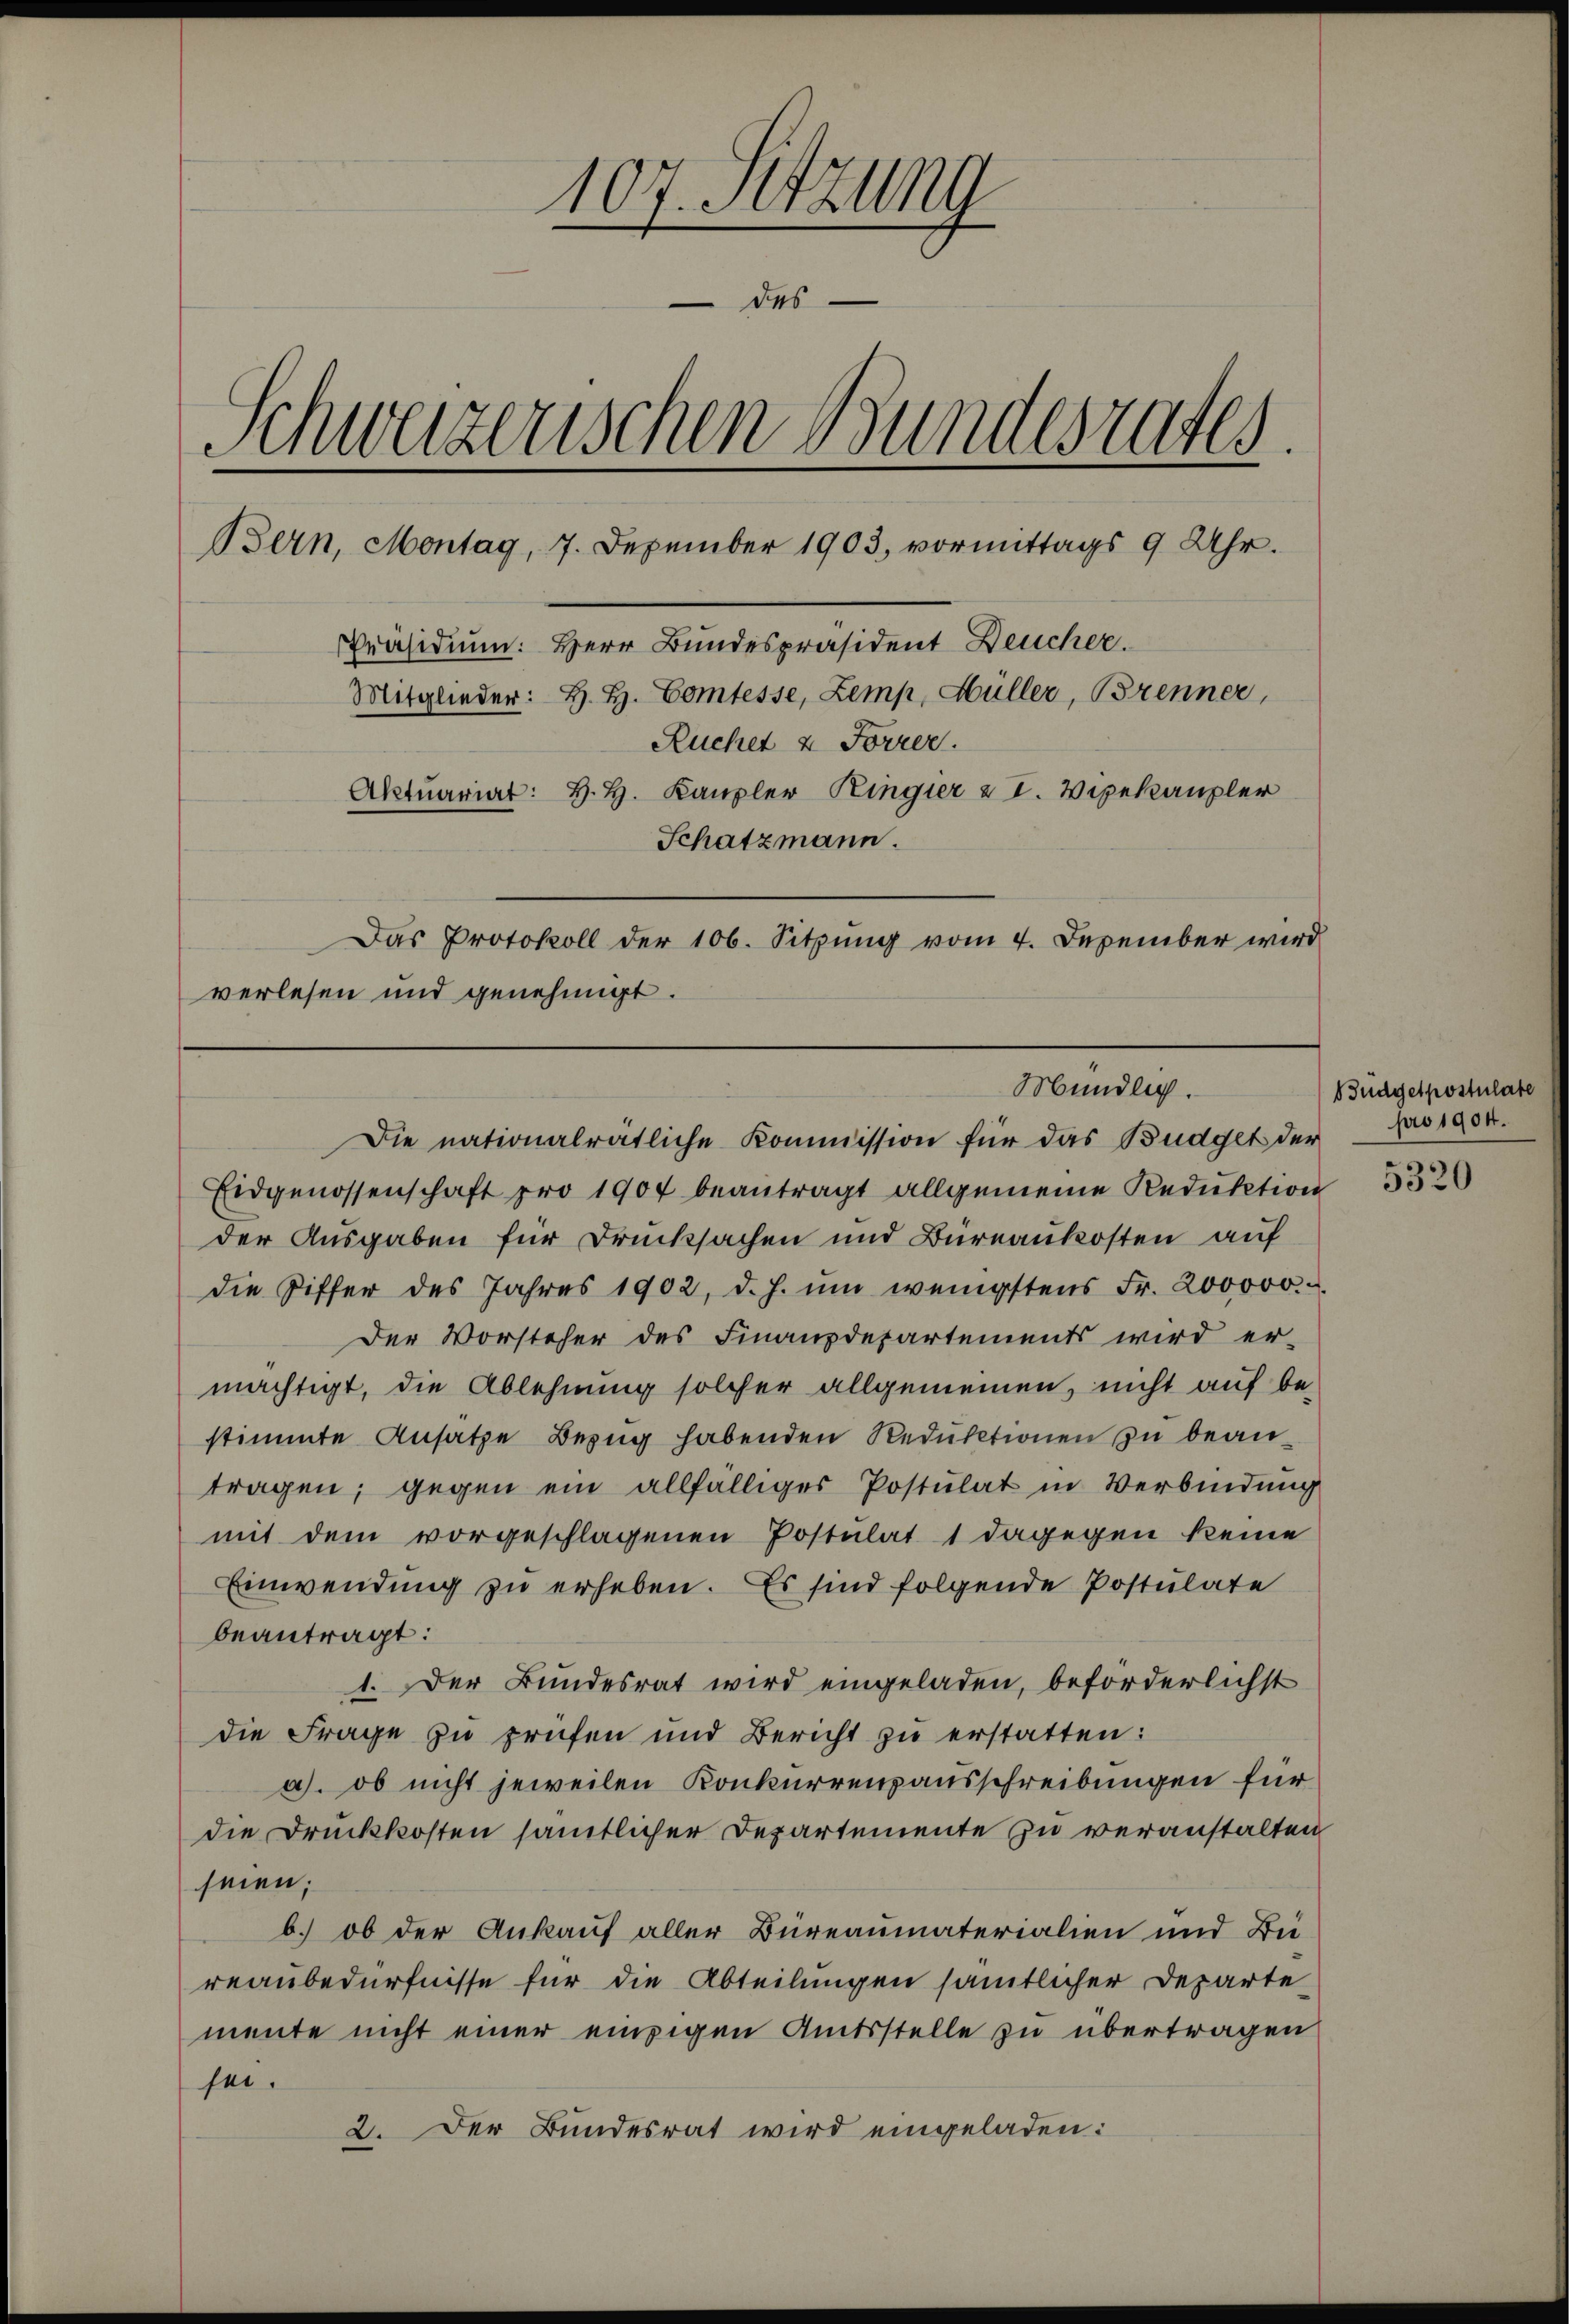
107. Setzung
des
Schweizerischen Bundesrates.
Bern, Montag, 7. Dezember 1903, vormittags 9 Uhr.
Präsidium: Herr Bundespräsident Deucher.
Mitglieder: H. H. Comtesse, Zemp, Hüller, Brenner,
Ruchet & Forrer.
Aktuariat: H. H. Kanzler Ringier u I. Wipekanzler
Schatzmann.
Das Protokoll der 106. Sitzung vom 4. Dezember wird
verlesen und genehmigt.

Mündlich.
Die nationalrätliche Kommission für das Büdget der

Eidgenossenschaft pro 1907 beantragt allgemeine Reduktion
der Ausgaben für Drucksachen und Büreaukosten auf
die Ziffer des Jahres 1902, d. h. um wenigstens Fr. 200000.
Der Vorsteher des Finanzdepartements wird er-
mächtigt, die Ablehnung solcher allgemeinen, nicht auf bestimmte Ansätze Bezug habenden Reduktionen zu beantragen, gegen ein allfälliges Postulat in Verbindung
mit dem vorgeschlagenen Postulat 1 dagegen keine
Einwendung zu erheben. Es sind folgende Postulate
beantragt:
1. Der Bundesrat wird eingeladen, beförderlichst
die Frage zu prüfen und Bericht zu erstatten:
a). ob nicht jeweilen Konkurrenzausschreibungen für
die Druckkosten sämtlicher Departemente zu veranstalten
seien;
b.) ob der Ankauf aller Bureaumaterialien und Bü-
reaubedürfnisse für die Abteilungen sämtlicher Departe
mente nicht einer einzigen Amtsstelle zu übertragen
sei.
2. Der Bundesrat wird eingeladen:

Budgetpostulate
pro 1904.

5320